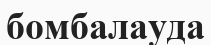
бомбалауда